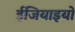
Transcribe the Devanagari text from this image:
ईजियाइयों